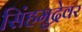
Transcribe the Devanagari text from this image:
सिंहमुद्रेवर